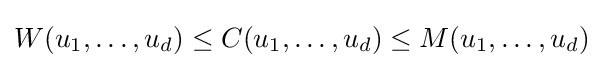
W(u_{1},\dots ,u_{d})\leq C(u_{1},\dots ,u_{d})\leq M(u_{1},\dots ,u_{d})